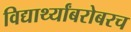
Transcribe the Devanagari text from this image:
विद्यार्थ्यांबरोबरच